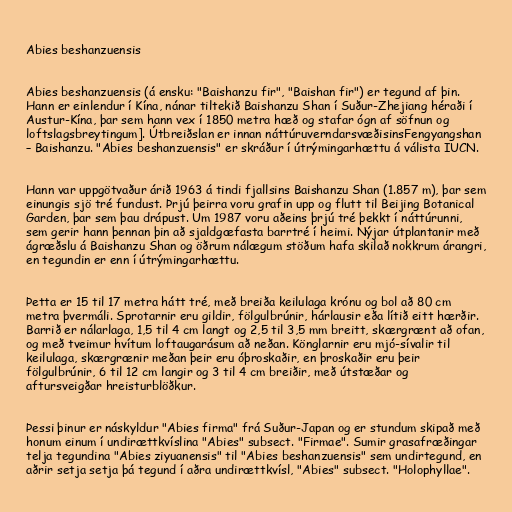
Abies beshanzuensis

Abies beshanzuensis (á ensku: "Baishanzu fir", "Baishan fir") er tegund af þin.
Hann er einlendur í Kína, nánar tiltekið Baishanzu Shan í Suður-Zhejiang héraði í
Austur-Kína, þar sem hann vex í 1850 metra hæð og stafar ógn af söfnun og
loftslagsbreytingum]. Útbreiðslan er innan náttúruverndarsvæðisinsFengyangshan
– Baishanzu. "Abies beshanzuensis" er skráður í útrýmingarhættu á válista IUCN.

Hann var uppgötvaður árið 1963 á tindi fjallsins Baishanzu Shan (1.857 m), þar sem
einungis sjö tré fundust. Þrjú þeirra voru grafin upp og flutt til Beijing Botanical
Garden, þar sem þau drápust. Um 1987 voru aðeins þrjú tré þekkt í náttúrunni,
sem gerir hann þennan þin að sjaldgæfasta barrtré í heimi. Nýjar útplantanir með
ágræðslu á Baishanzu Shan og öðrum nálægum stöðum hafa skilað nokkrum árangri,
en tegundin er enn í útrýmingarhættu.

Þetta er 15 til 17 metra hátt tré, með breiða keilulaga krónu og bol að 80 cm
metra þvermáli. Sprotarnir eru gildir, fölgulbrúnir, hárlausir eða lítið eitt hærðir.
Barrið er nálarlaga, 1,5 til 4 cm langt og 2,5 til 3,5 mm breitt, skærgrænt að ofan,
og með tveimur hvítum loftaugarásum að neðan. Könglarnir eru mjó-sívalir til
keilulaga, skærgrænir meðan þeir eru óþroskaðir, en þroskaðir eru þeir
fölgulbrúnir, 6 til 12 cm langir og 3 til 4 cm breiðir, með útstæðar og
aftursveigðar hreisturblöðkur.

Þessi þinur er náskyldur "Abies firma" frá Suður-Japan og er stundum skipað með
honum einum í undirættkvíslina "Abies" subsect. "Firmae". Sumir grasafræðingar
telja tegundina "Abies ziyuanensis" til "Abies beshanzuensis" sem undirtegund, en
aðrir setja setja þá tegund í aðra undirættkvísl, "Abies" subsect. "Holophyllae".